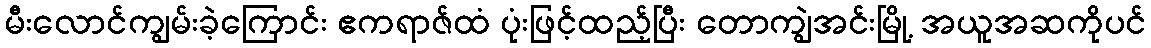
မီးလောင်ကျွမ်းခဲ့ကြောင်း ဧကရာဇ်ထံ ပုံးဖြင့်ထည့်ပြီး တောကျွဲအင်းမြို့ အယူအဆကိုပင်